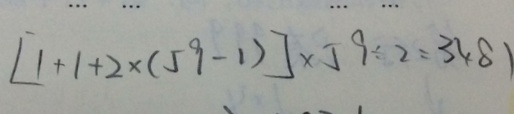
[ 1 + 1 + 2 \times ( 5 9 - 1 ) ] \times 5 9 \div 2 = 3 4 8 1